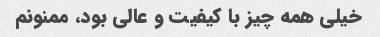
خیلی همه چیز با کیفیت و عالی بود، ممنونم